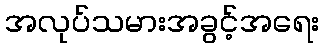
အလုပ်သမားအခွင့်အရေး